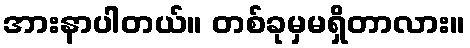
အားနာပါတယ်။ တစ်ခုမှမရှိတာလား။